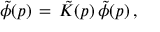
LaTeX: \tilde { \phi } ( p ) \, = \, \tilde { K } ( p ) \, \tilde { \phi } ( p ) \, ,